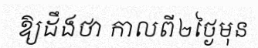
ឱ្យដឹងថា កាលពី២ថ្ងៃមុន